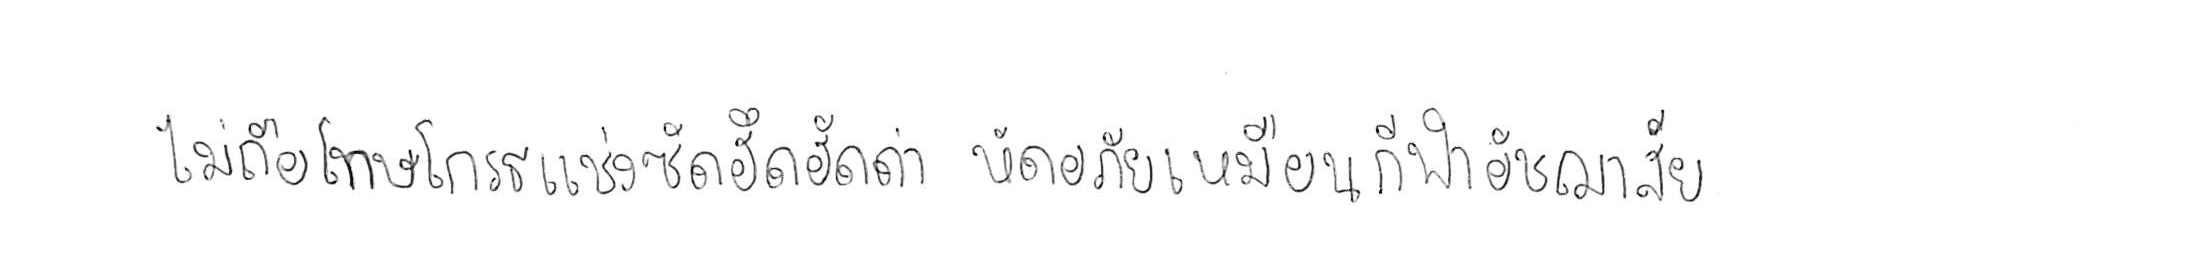
ไม่ถือโทษโกรธแช่งซัดฮึดฮัดด่า หัดอภัยเหมือนกีฬาอัชฌาสัย